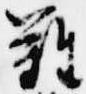
難